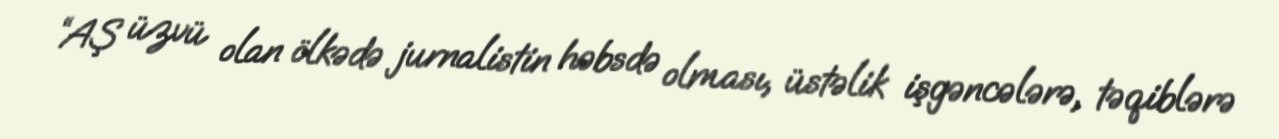
“AŞ üzvü olan ölkədə jurnalistin həbsdə olması, üstəlik işgəncələrə, təqiblərə